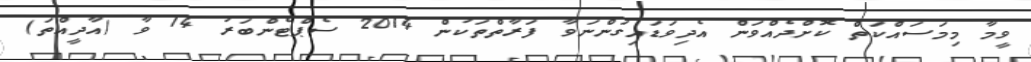
ވީމާ މިމަސައްކަތް ކޮށްދެއްވަން އެދިވަޑައިގަންނަވާ ފަރާތްތަކުން 2014 ސެޕްޓެންބަރު 14 ވާ (އާދީއްތަ)